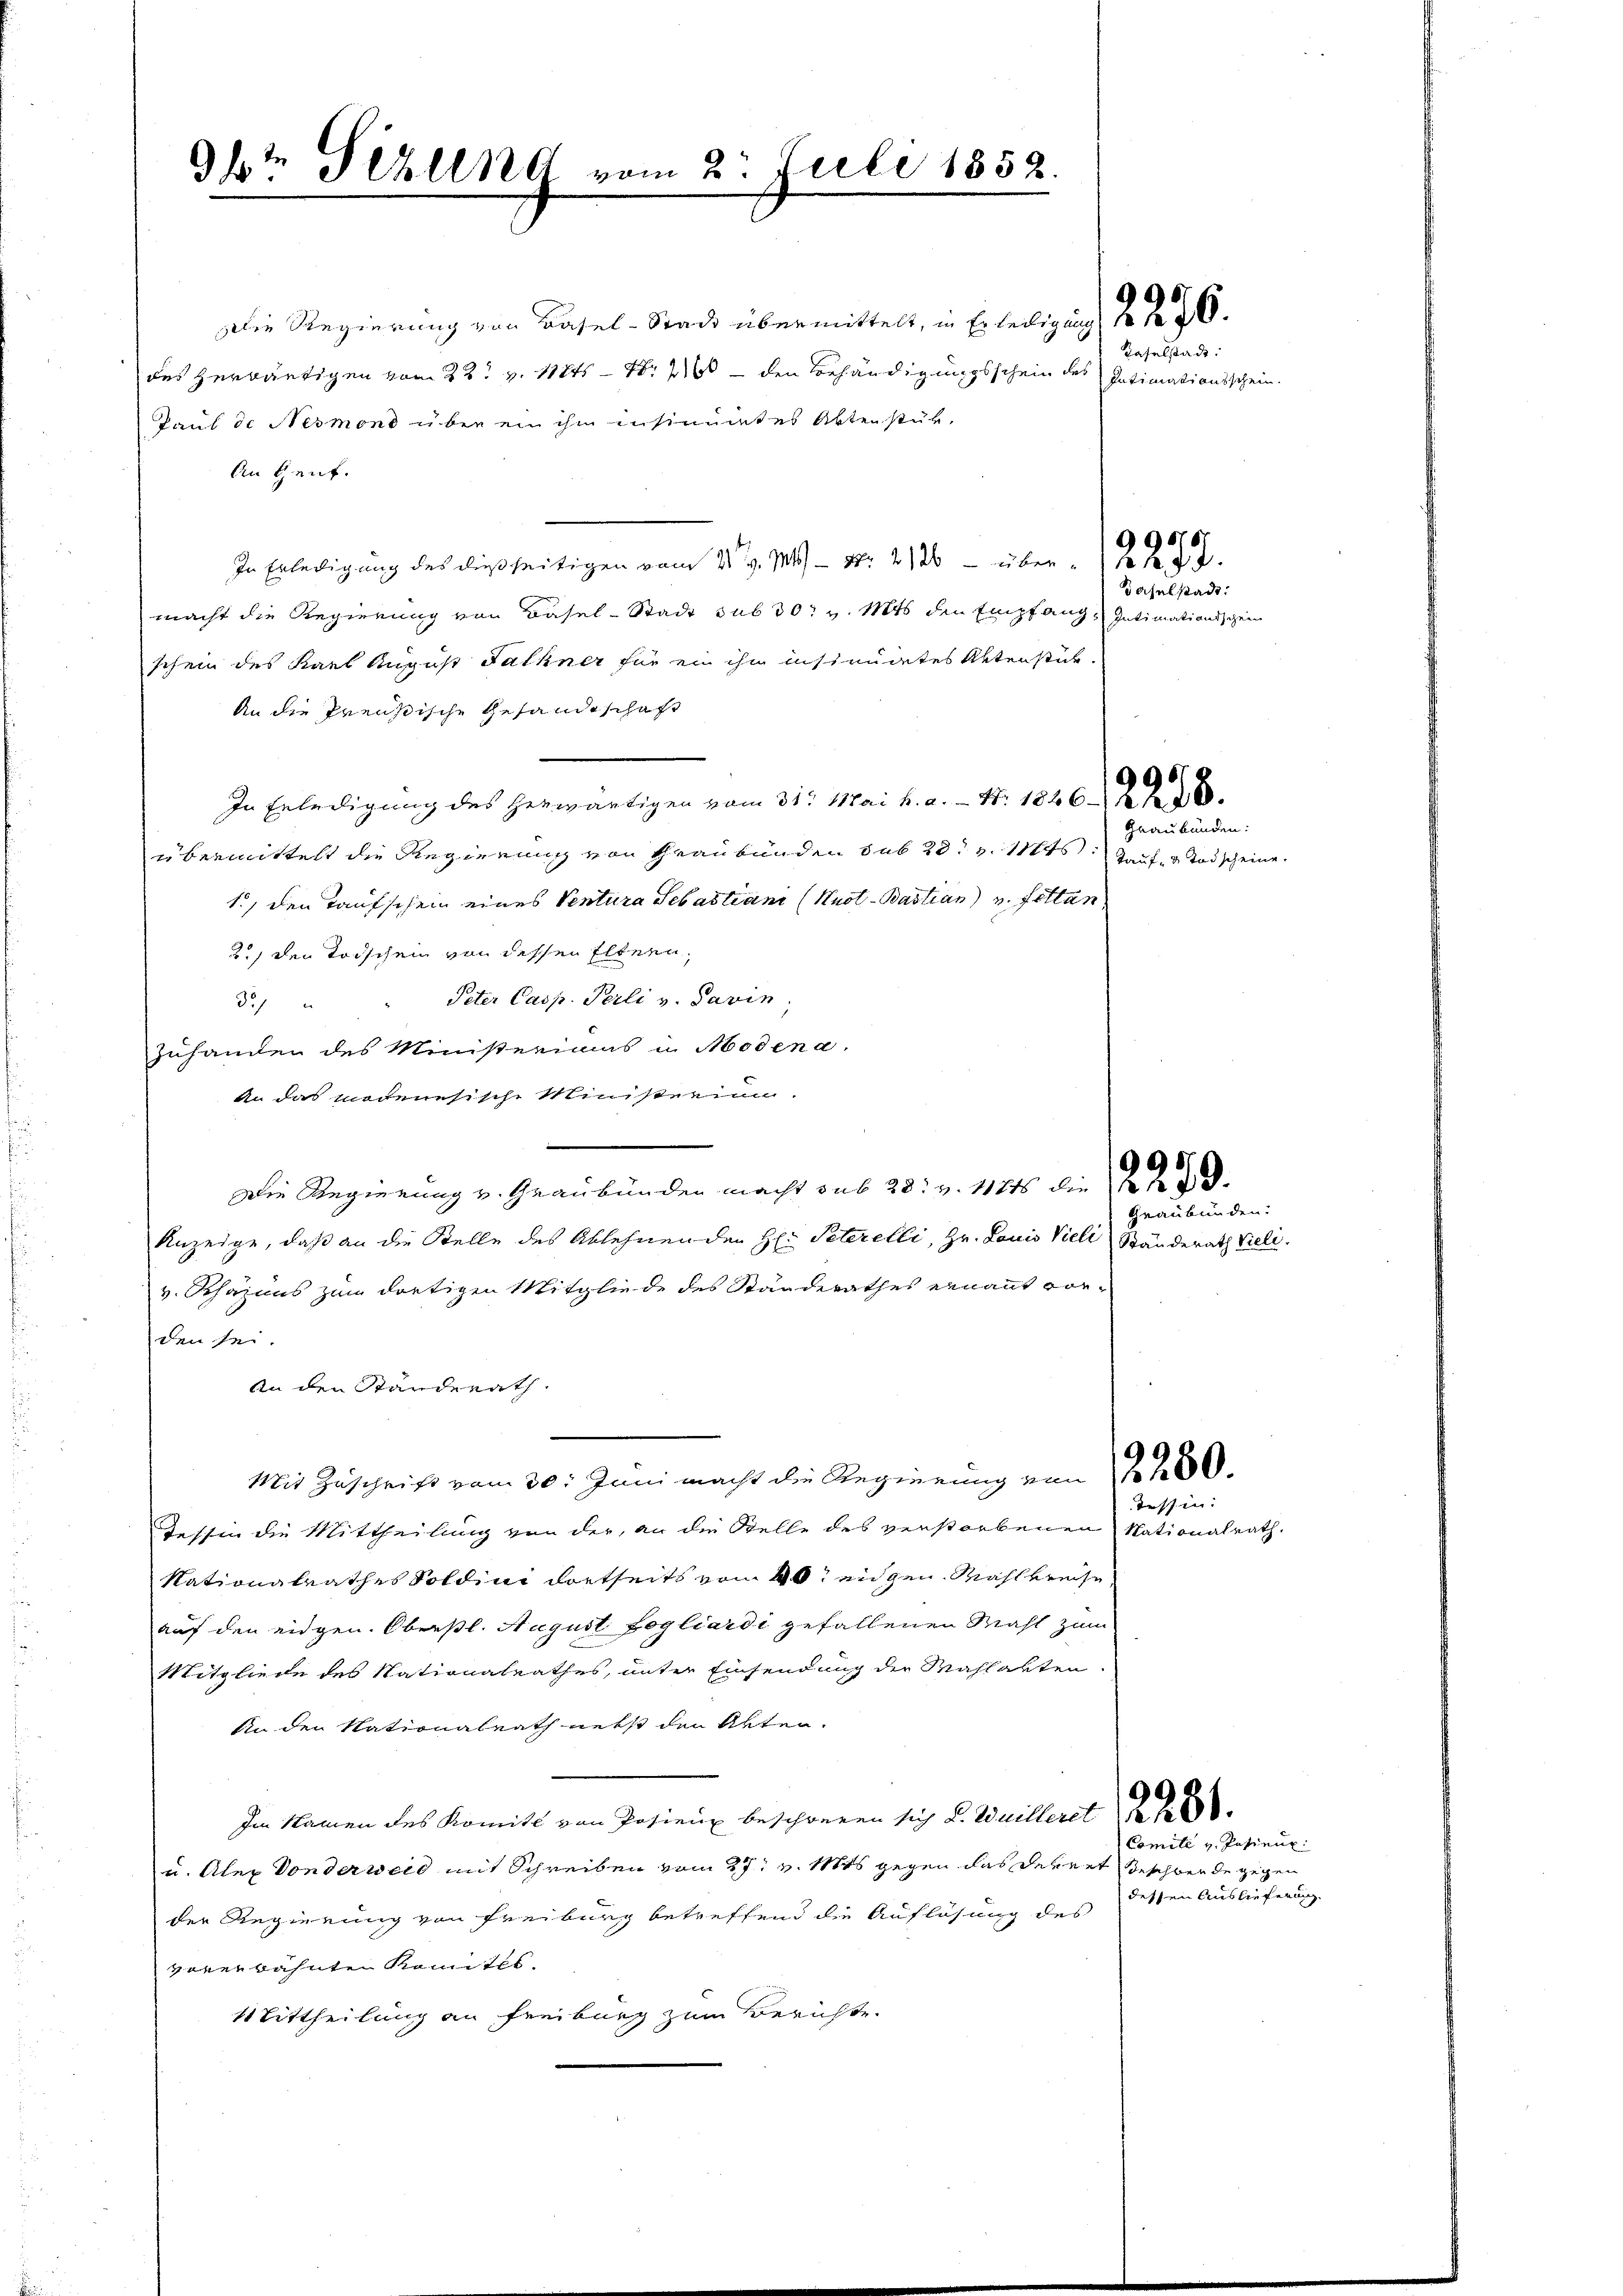
9t Sezung vom 2. Juli 1852.

Die Regierung von Basel-Stadt übermittelt, in Er teiligung No 136.
des Herräutigen vom 22t v. 11845 - Nr. 216 - den Behändigungsschein des Intimationsschein.
Paul de Nesmond über ein ihm insinuites Aktenstük.
An Gent.
In Erledigung des dießseitigen vom 21. v. M.) - N. 2126 - über 1874.
macht die Regierung von Basel-Stadt sub 30 v. Mts. den Empfang, Intimationsschei
schein des Karl August Falkner für ein ihn insinuates Aktenstück.
An die Preußische Gesandtschaft
In Erledigung des herwärtigen vom 31. Mai h. a. - 4. 1846. 2236.
übermittelt die Regierung von Graubünden sub 28. v. 117. auf Todscheine.
1., den Taufschein eines Ventura Sebastiani (Huot-Bastian) u. fettan
2.) Den Todschein von dessen Eltern,
Peter Casp. Perli v. Savin,
3/
zuhanden des Ministeriums in Modena.
An das modenesische Ministerium.
Die Regierung v. Graubünden macht sub 28. v. 11845 die
Anzeige, daß an die Stelle des Ablehnen den H: Peterelli, Hr. Louis Viell Ständerath Viell.
v. Schazius zum dortigen Mitgliede des Ständerathes ernannt vorden sei
An den Ständerath.
Mit Zuschrift vom 30. Juni macht die Regierung von 1 f 200
Tessin die Mittheilung von der, an die Stelle des verstorbenen Nationalrath.
Nationalrathes Soldini dortseits vom 10t engen Mahlkreise
auf den eidgen. Oberstl. August Fogliardi gefallenen Mahl zum
Mitgliede des Nationalrathes, unter Einsendung der Mahlakten.
An den Nationalrath nebst den Akten.
Im Namen des Komite von Pasien beschweren sich L. Wuilleret
u. Alex von der werd mit Schreiben vom 27. v. Mts. gegen das derent Rechbende gegen
der Regierung von Freiburg betreffend die Auflösung des
vorerwähnten Komités.
Mittheilung an Freiburg zum Berichte

Kaselstadt:

Baselstadt:

Graubünden:

Graubünden.

Tessin.

Comité v. Patieux.
dessen Auslieferung.